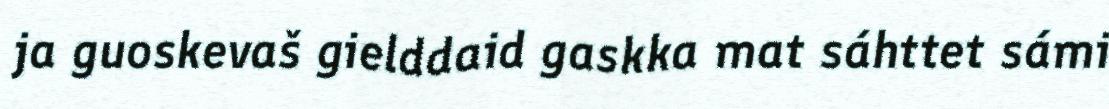
ja guoskevaš gielddaid gaskka mat sáhttet sámi